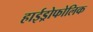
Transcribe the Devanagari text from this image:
हाईड्रोफोलिक